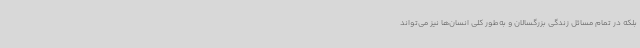
بلکه در تمام مسائل زندگی بزرگسالان و به‌طور کلی انسان‌ها نیز می‌تواند